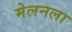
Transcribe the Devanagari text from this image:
मेलनला